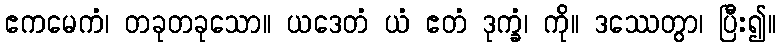
ဧကမေကံ၊ တခုတခုသော။ ယဒေတံ ယံ ဧတံ ဒုက္ခံ၊ ကို။ ဒဿေတွာ၊ ပြီး၍။